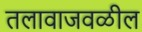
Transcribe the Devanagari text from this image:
तलावाजवळील